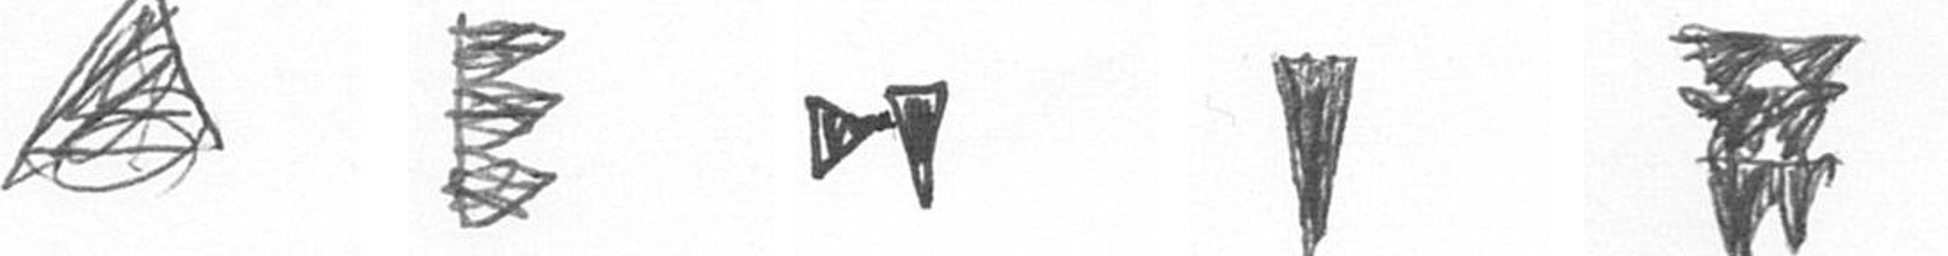
O H M J Y